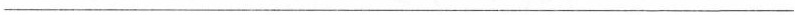
___